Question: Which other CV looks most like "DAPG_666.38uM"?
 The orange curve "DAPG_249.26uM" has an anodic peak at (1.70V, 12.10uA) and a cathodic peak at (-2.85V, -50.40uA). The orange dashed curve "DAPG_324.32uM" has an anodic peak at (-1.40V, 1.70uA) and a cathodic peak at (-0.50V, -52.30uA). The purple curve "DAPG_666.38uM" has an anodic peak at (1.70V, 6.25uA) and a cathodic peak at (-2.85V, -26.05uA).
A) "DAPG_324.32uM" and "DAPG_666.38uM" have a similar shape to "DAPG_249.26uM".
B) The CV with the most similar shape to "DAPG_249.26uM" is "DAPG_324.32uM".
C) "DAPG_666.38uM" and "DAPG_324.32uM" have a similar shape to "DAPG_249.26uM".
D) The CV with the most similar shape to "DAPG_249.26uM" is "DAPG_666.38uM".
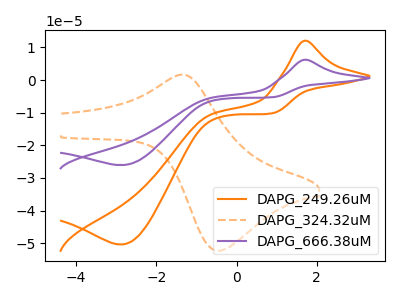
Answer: <think>"DAPG_249.26uM" and "DAPG_324.32uM" have at least one peak that do not match. All the peaks in "DAPG_249.26uM" have a peak in "DAPG_666.38uM" at the same potential. Every peak in "DAPG_249.26uM" is higher than every peak in "DAPG_666.38uM". "DAPG_324.32uM" and "DAPG_666.38uM" have at least one peak that do not match.
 </think>
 <answer>D) The CV with the most similar shape to "DAPG_249.26uM" is "DAPG_666.38uM".</answer>
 <eval>D</eval>